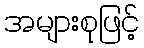
အများစုဖြင့်